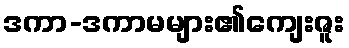
ဒကာ-ဒကာမများ၏ကျေးဇူး